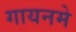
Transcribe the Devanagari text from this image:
गायनमे